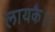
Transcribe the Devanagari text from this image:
लायकै।।